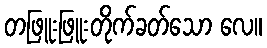
တဖြူးဖြူးတိုက်ခတ်သော လေ။